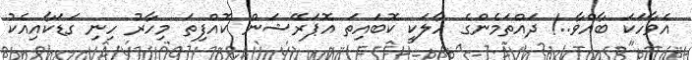
އެވާހަކަ ބާއްވާ..! ދައްތަމެންގެ ހާލަކީ ކޮބައިތަ އޮޕަރޭޝަން ކޮއްފިތަ މިހާރު ހިނި ގަޑަކާއިއެކު